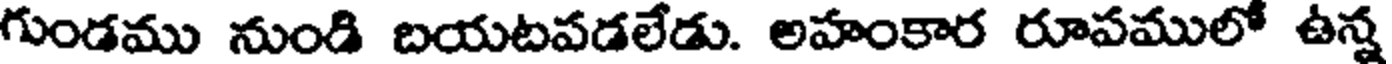
గుండము నుండి బయటవడలేడు. అహంకార రూపములో ఉన్న